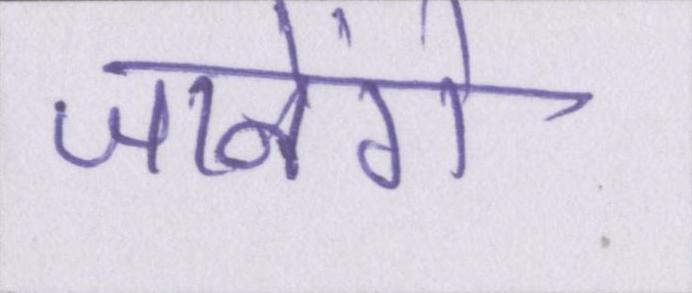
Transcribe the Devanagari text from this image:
जानेंगे